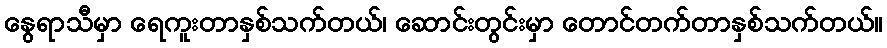
နွေရာသီမှာ ရေကူးတာနှစ်သက်တယ်၊ ဆောင်းတွင်းမှာ တောင်တက်တာနှစ်သက်တယ်။